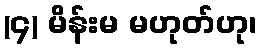
(၄) မိန်းမ မဟုတ်ဟု၊